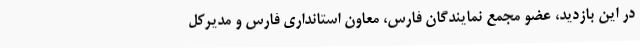
در این بازدید، عضو مجمع نمایندگان فارس، معاون استانداری فارس و مدیرکل